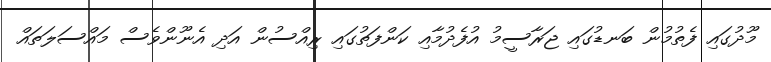
މޫދުގައި ފެތުމުން ބަނޑުގައި ޖަރާސީމު އުފެދުމާއި ކަންފަތުގައި ރިއްސުން އަދި އެނޫންވެސް މައްސަލަތައް